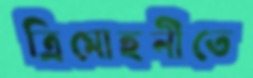
ত্রিমোহনীতে